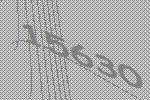
15630